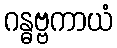
ဂန္ဓဗ္ဗကာယံ